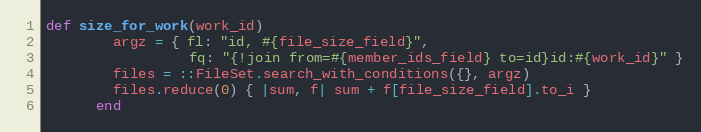
Language: Ruby
def size_for_work(work_id)
        argz = { fl: "id, #{file_size_field}",
                 fq: "{!join from=#{member_ids_field} to=id}id:#{work_id}" }
        files = ::FileSet.search_with_conditions({}, argz)
        files.reduce(0) { |sum, f| sum + f[file_size_field].to_i }
      end